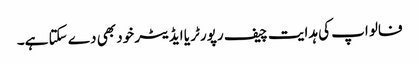
فالو اپ کی ہدایت چیف رپورٹر یا ایڈیٹر خود بھی دے سکتا ہے۔